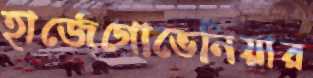
হার্জেগোভেনিয়ার